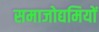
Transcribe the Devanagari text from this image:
समाजोद्यमियों